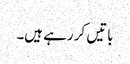
باتیں کر رہے ہیں۔